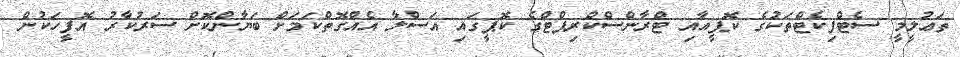
ތަޢުލީމީ ސެޓްފިކެޓްތަކުގެ ކޮޕީއާއި ޓްރާންސްކްރިޕްޓްގެ ކޮޕީގައި އަސްލާ އެއްގޮތްކަމަށް ބަޔާންކޮށް ސަރުކާރު އޮފީހަކުން